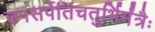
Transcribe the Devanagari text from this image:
उपसर्पेतिचतुर्भिर्मंत्रैः